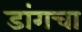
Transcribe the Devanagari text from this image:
डांगचा